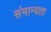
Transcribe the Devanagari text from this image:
संमान्यता